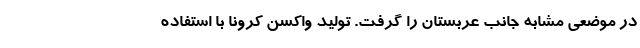
در موضعی مشابه جانب عربستان را گرفت. تولید واکسن کرونا با استفاده